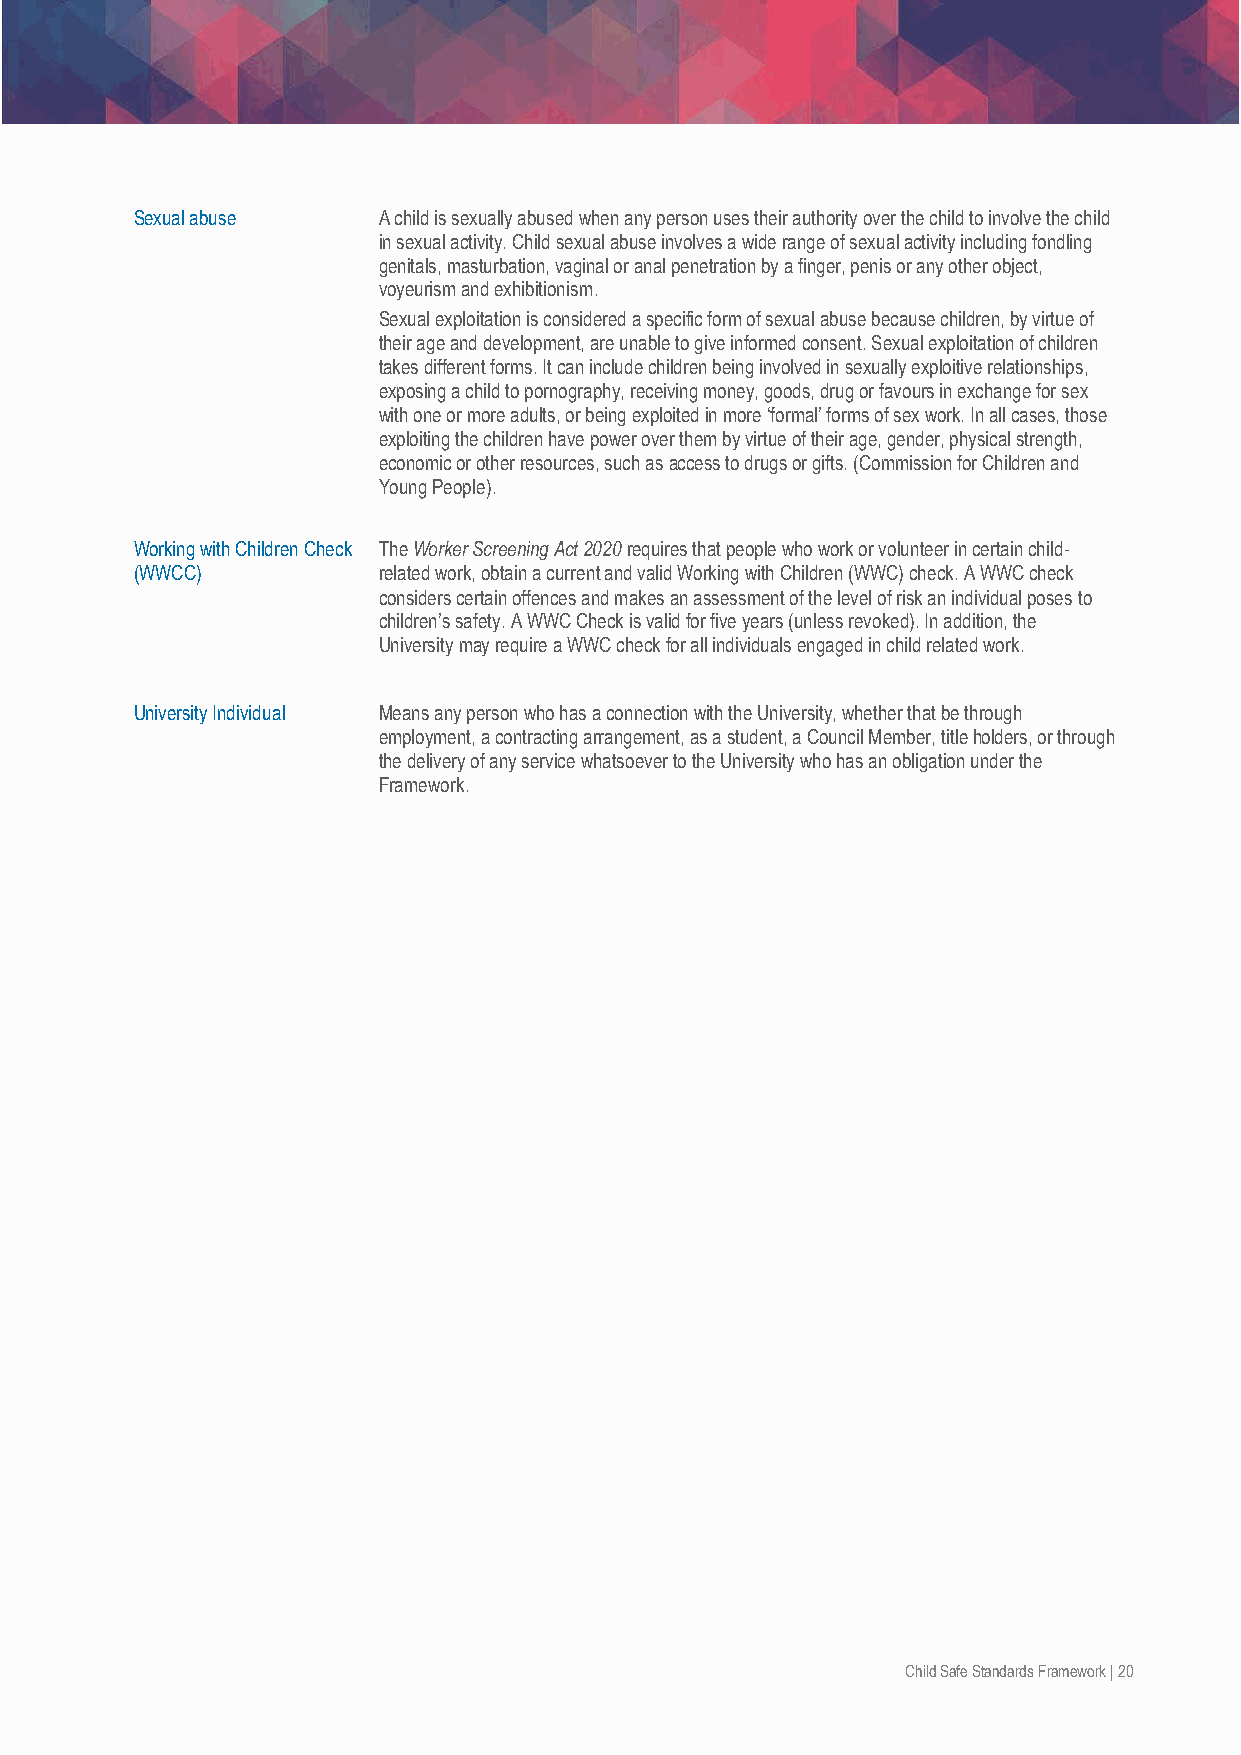
Sexual abuse    A child is sexually abused when any person uses their authority over the child to involve the child
 in sexual activity. Child sexual abuse involves a wide range of sexual activity including fondling
 genitals, masturbation, vaginal or anal penetration by a finger, penis or any other object,
 voyeurism and exhibitionism.
 Sexual exploitation is considered a specific form of sexual abuse because children, by virtue of
 their age and development, are unable to give informed consent. Sexual exploitation of children
 takes different forms. It can include children being involved in sexually exploitive relationships,
 exposing a child to pornography, receiving money, goods, drug or favours in exchange for sex
 with one or more adults, or being exploited in more ‘formal’ forms of sex work. In all cases, those
 exploiting the children have power over them by virtue of their age, gender, physical strength,
 economic or other resources, such as access to drugs or gifts. (Commission for Children and
 Young People).
 Working with Children Check The Worker Screening Act 2020 requires that people who work or volunteer in certain child-
 (WWCC)          related work, obtain a current and valid Working with Children (WWC) check. A WWC check
 considers certain offences and makes an assessment of the level of risk an individual poses to
 children’s safety. A WWC Check is valid for five years (unless revoked). In addition, the
 University may require a WWC check for all individuals engaged in child related work.
 University Individual Means any person who has a connection with the University, whether that be through
 employment, a contracting arrangement, as a student, a Council Member, title holders, or through
 the delivery of any service whatsoever to the University who has an obligation under the
 Framework.
 Child Safe Standards Framework | 20